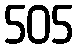
505